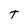
Character: t